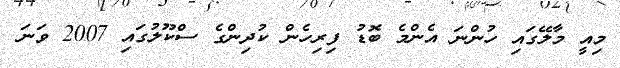
މިއީ މާލޭގައި ހުންނަ އެންމެ ބޮޑު ފިރިހެން ކުދިންގެ ސްކޫލުގައި 2007 ވަނަ